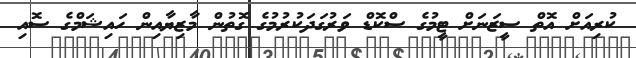
ކުރިއަށް އޮތް ސީޒަނަށް ޓީމުގެ ސްކޮޑް ވަރުގަދަކުރުމުގެ ގޮތުން މާޒިޔާއިން ހައިޝަމްގެ ސޮއި